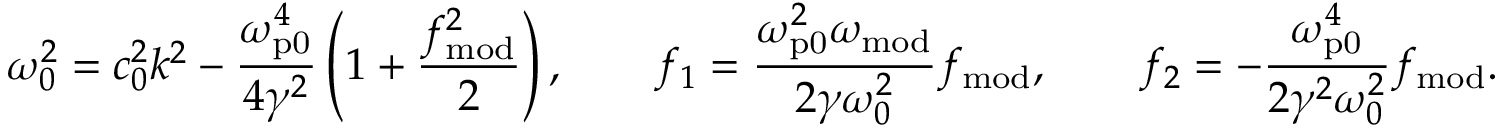
\omega _ { 0 } ^ { 2 } = c _ { 0 } ^ { 2 } k ^ { 2 } - \frac { \omega _ { \mathrm { p 0 } } ^ { 4 } } { 4 \gamma ^ { 2 } } \left( 1 + \frac { f _ { \mathrm { m o d } } ^ { 2 } } { 2 } \right) , \qquad f _ { 1 } = \frac { \omega _ { \mathrm { p 0 } } ^ { 2 } \omega _ { \mathrm { m o d } } } { 2 \gamma \omega _ { 0 } ^ { 2 } } f _ { \mathrm { m o d } } , \qquad f _ { 2 } = - \frac { \omega _ { \mathrm { p 0 } } ^ { 4 } } { 2 \gamma ^ { 2 } \omega _ { 0 } ^ { 2 } } f _ { \mathrm { m o d } } .